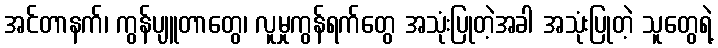
အင်တာနက်၊ ကွန်ပျူတာတွေ၊ လူမှုကွန်ရက်တွေ အသုံးပြုတဲ့အခါ အသုံးပြုတဲ့ သူတွေရဲ့